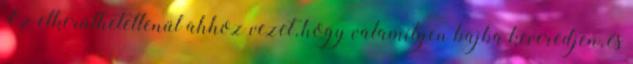
Ez elkerülhetetlenül ahhoz vezet, hogy valamilyen bajba keveredjen, és